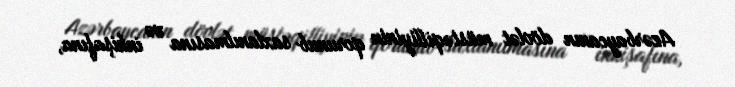
Azərbaycanın dövlət müstəqilliyinin qorunub saxlanılmasına və inkişafına,